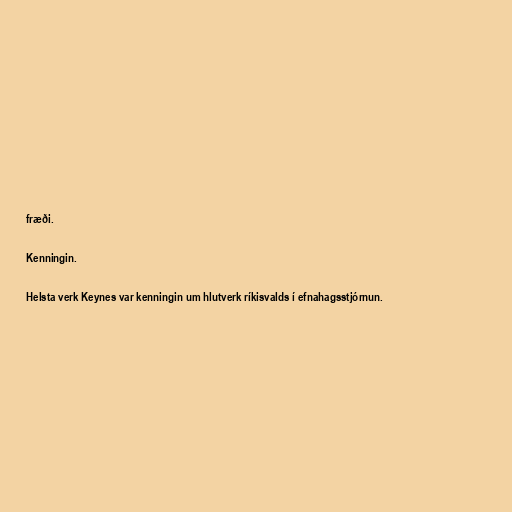
fræði.

Kenningin.

Helsta verk Keynes var kenningin um hlutverk ríkisvalds í efnahagsstjórnun.